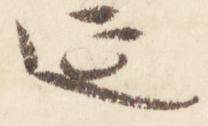
延